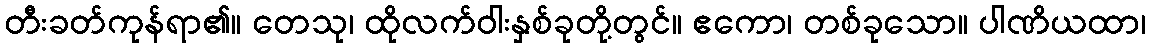
တီးခတ်ကုန်ရာ၏။ တေသု၊ ထိုလက်ဝါးနှစ်ခုတို့တွင်။ ဧကော၊ တစ်ခုသော။ ပါဏိယထာ၊